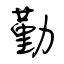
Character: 勤